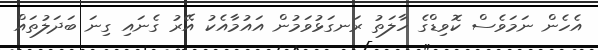
އެހެން ނަމަވެސް ކޮވިޑްގެ ހާލަތު ރަނގަޅުވަމުން އައުމާއެކު އޭރު ގެނައި ގިނަ ބަދަލުތައް